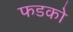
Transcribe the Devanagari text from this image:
फडको